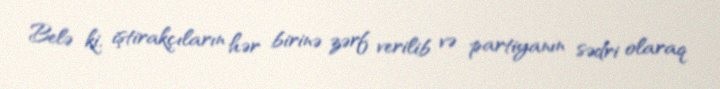
Belə ki, iştirakçıların hər birinə zərf verilib və partiyanın sədri olaraq